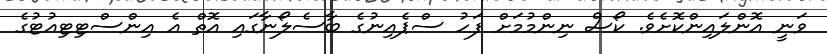
ވަނީ އޮންލައިންކޮށެވެ. ކޯސް ނިންމުމަށް ފަހު ސްޕެއިނުގެ ބާސެލޯނާގައި އޮތް އެ އިންސްޓިޓިއުޓުގެ